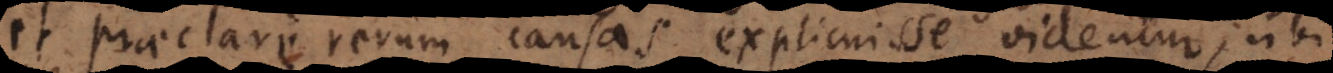
et praeclare rerum causas explicuisse videntur; ubi